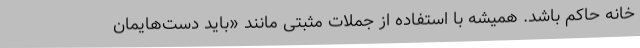
خانه حاکم باشد. همیشه با استفاده از جملات مثبتی مانند «باید دست‌هایمان